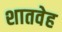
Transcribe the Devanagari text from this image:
शातवेह